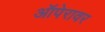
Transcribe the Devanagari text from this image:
ऑपेरावर